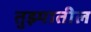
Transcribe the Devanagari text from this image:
तुझ्यातील